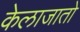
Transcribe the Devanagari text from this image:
केलाजातो